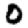
Digit: 0